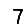
Digit: 7